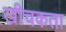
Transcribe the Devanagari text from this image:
खीचकता